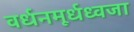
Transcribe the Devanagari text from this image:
वर्धनमूर्धध्वजा